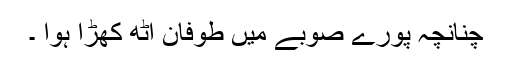
چنانچہ پورے صوبے میں طوفان اٹھ کھڑا ہوا ۔